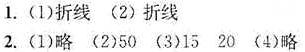
1. (1)折线 (2)折线
2. (1)略 (2)50 (3)15  20 (4)略